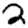
Digit: 2